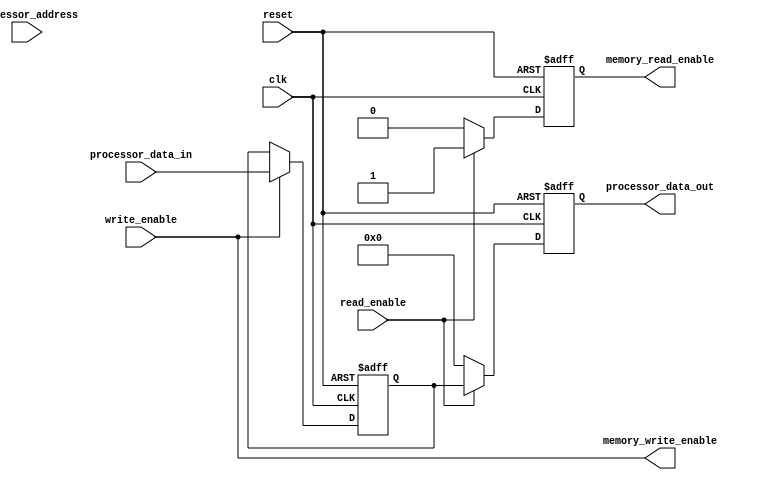
module memory_controller(
    input wire clk,
    input wire reset,
    input wire [31:0] processor_address,
    input wire [31:0] processor_data_in,
    input wire write_enable,
    input wire read_enable,
    output wire [31:0] processor_data_out,
    output wire memory_write_enable,
    output wire memory_read_enable
);

// Address Decoder
reg [7:0] memory_location;
always @ (posedge clk or posedge reset) begin
    if (reset) begin
        memory_location <= 8'b0;
    end else begin
        case(processor_address)
            0: memory_location <= 8'b00000000;
            1: memory_location <= 8'b00000001;
            // Add more cases for specific memory locations
            default: memory_location <= 8'b0;
        endcase
    end
end

// Data Buffer
reg [31:0] data_buffer;
always @ (posedge clk or posedge reset) begin
    if (reset) begin
        data_buffer <= 32'b0;
    end else begin
        if (write_enable) begin
            data_buffer <= processor_data_in;
        end
    end
end

// Write Enable Signal Generator
assign memory_write_enable = write_enable;

// Read/Write Operation Controller
always @ (posedge clk or posedge reset) begin
    if (reset) begin
        processor_data_out <= 32'b0;
        memory_read_enable <= 1'b0;
    end else begin
        if (read_enable) begin
            processor_data_out <= data_buffer;
            memory_read_enable <= 1'b1;
        end else begin
            processor_data_out <= 32'b0;
            memory_read_enable <= 1'b0;
        end
    end
end

endmodule